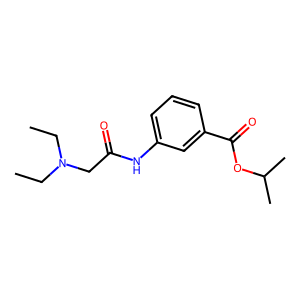
SMILES: CCN(CC)CC(=O)Nc1cccc(C(=O)OC(C)C)c1
Inhibits HIV replication: No